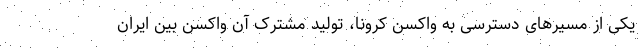
یکی از مسیرهای دسترسی به واکسن کرونا، تولید مشترک آن واکسن بین ایران